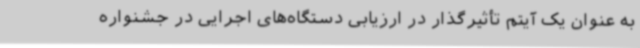
به عنوان یک آیتم تأثیرگذار در ارزیابی دستگاه‌های اجرایی در جشنواره